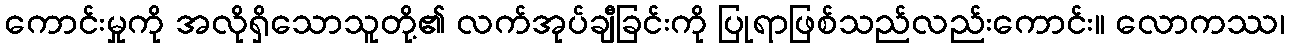
ကောင်းမှုကို အလိုရှိသောသူတို့၏ လက်အုပ်ချီခြင်းကို ပြုရာဖြစ်သည်လည်းကောင်း။ လောကဿ၊